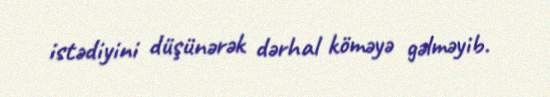
istədiyini düşünərək dərhal köməyə gəlməyib.